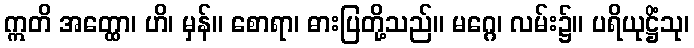
ဣတိ အတ္ထော၊ ဟိ၊ မှန်။ စောရာ၊ ဓားပြတို့သည်။ မဂ္ဂေ၊ လမ်း၌။ ပရိယုဋ္ဌိံသု၊